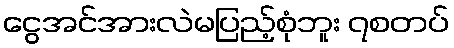
ငွေအင်အားလဲမပြည့်စုံဘူး ၇စတပ်